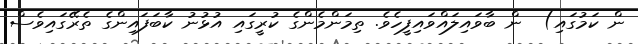
ން ކަމުގައި)  ން ބާވައިލައްވައިފީހެވެ. ތިމަންމެންގެ ކުރީގައި އުޅުނު ކާބަފައިންގެ ތެރޭގައިވެސް